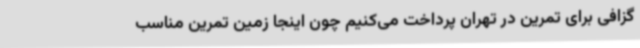
گزافی برای تمرین در تهران پرداخت می‌کنیم چون اینجا زمین تمرین مناسب